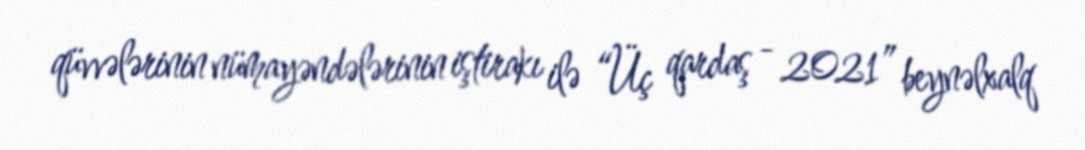
qüvvələrinin nümayəndələrinin iştirakı ilə “Üç qardaş - 2021” beynəlxalq